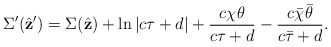
\begin{align*}\Sigma'(\hat{\bf z}') =\Sigma(\hat{\bf z}) +\ln \left|c \tau+d \right| + \frac{c\chi \theta}{c \tau +d} -\frac{c\bar\chi\bar\theta}{c \bar\tau+d}.\end{align*}